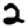
Digit: 2